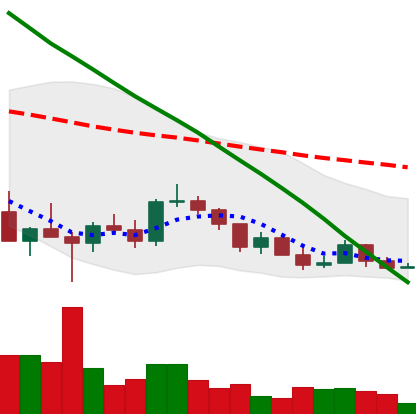
Ticker: ADA-USD
Chart end date: 2022-03-12
Forward return: 5.832%
Label: up_5_7